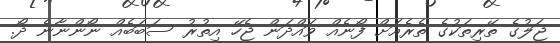
ޖަލުގެ ތޭރިތަކުގެ ތެރެއަށް ފޯނެއް ވައްދަން ޖެހޭ އިތުރު ސަބަބެއް ނޯންނާނެ ދޯ.